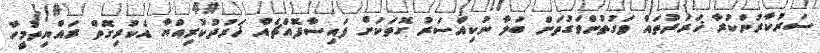
ސަރުކާރުންކުރާ ޚަރަދުތައް ވަގުތުންވަގުތަށް ބަލާ ނުކިއްސަރު ގޮތަކަށް ފައިސާފޮއްޗެއް ޚަރުދުކުރިއްޔާ އެކުރިގޮތް ރައްޔިތުމީހާ